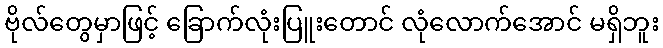
ဗိုလ်တွေမှာဖြင့် ခြောက်လုံးပြူးတောင် လုံလောက်အောင် မရှိဘူး